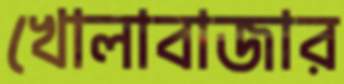
খোলাবাজার